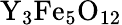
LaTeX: \mathrm{Y}_{3}\mathrm{Fe}_{5}\mathrm{O}_{12}